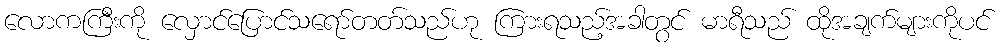
လောကကြီးကို လှောင်ပြောင်သရော်တတ်သည်ဟု ကြားရသည့်အခါတွင် မာရီသည် ထိုအချက်များကိုပင်